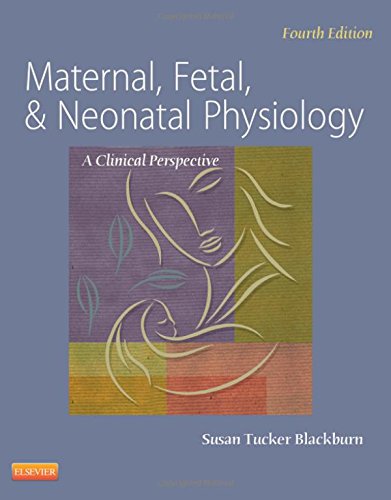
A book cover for Maternal, Fetal, & Neonatal Physiology, 4e (Maternal Fetal and Neonatal Physiology); Susan Blackburn PhD  RN  C  FAAN; Medical Books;